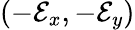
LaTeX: (-\mathcal{E}_{x},-\mathcal{E}_{y})